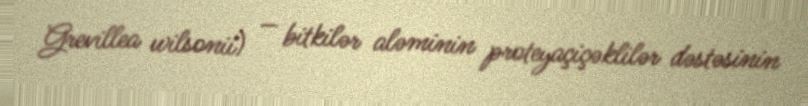
Grevillea wilsonii) — bitkilər aləminin proteyaçiçəklilər dəstəsinin